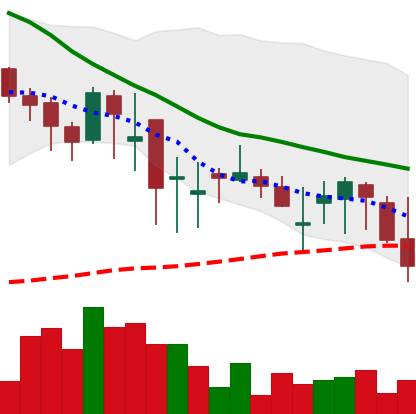
Ticker: DOGE-USD
Chart end date: 2018-05-23
Forward return: -10.164%
Label: down_7plus